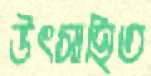
উৎসাহিত